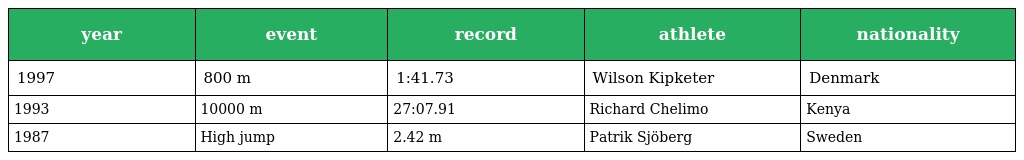
| year | event | record | athlete | nationality |
 | --- | --- | --- | --- | --- |
 | 1997 | 800 m | 1:41.73 | Wilson Kipketer | Denmark |
 | 1993 | 10000 m | 27:07.91 | Richard Chelimo | Kenya |
 | 1987 | High jump | 2.42 m | Patrik Sjöberg | Sweden |